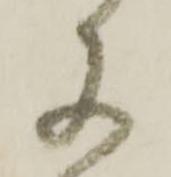
に